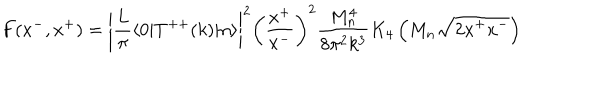
F ( x ^ { - } , x ^ { + } ) = \left| { \frac { L } { \pi } } \langle 0 | T ^ { + + } ( k ) | n \rangle \right| ^ { 2 } \left( { \frac { x ^ { + } } { x ^ { - } } } \right) ^ { 2 } { \frac { M _ { n } ^ { 4 } } { 8 \pi ^ { 2 } k ^ { 3 } } } K _ { 4 } \left( M _ { n } \sqrt { 2 x ^ { + } x ^ { - } } \right)